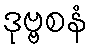
ဒုဗ္ဗစနံ